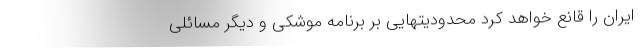
ایران را قانع خواهد کرد محدودیتهایی بر برنامه موشکی و دیگر مسائلی